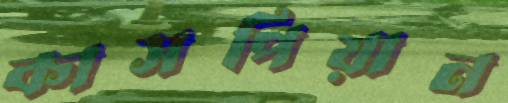
কাসপিয়ান